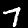
Label: 7